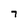
Character: 7